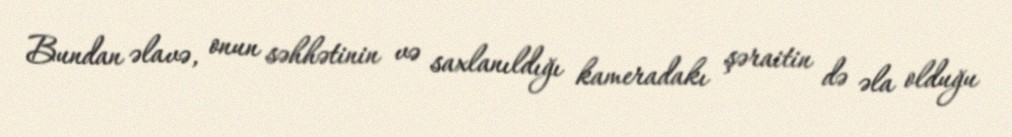
Bundan əlavə, onun səhhətinin və saxlanıldığı kameradakı şəraitin də əla olduğu